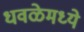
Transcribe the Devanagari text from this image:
धवळेमध्ये